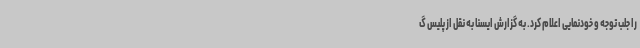
را جلب توجه و خودنمایی اعلام کرد. به گزارش ایسنا به نقل از پلیس گ